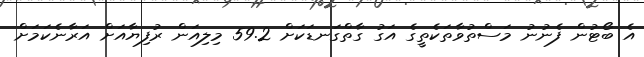
އެ ބޯޓުން ފެނުނު މަސްތުވާތަކެތީގެ އަގު ގާތްގަނޑަކަށް 59.2 މިލިއަން ރުފިޔާއަށް އަރާނެކަމަށް